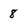
Character: 8